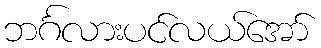
ဘင်္ဂလားပင်လယ်အော်